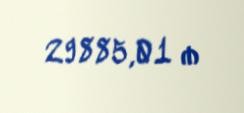
29885,01 ₼